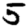
Digit: 5